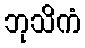
ဘုသိကံ